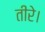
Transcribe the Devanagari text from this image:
तीरे।